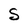
Character: S